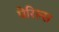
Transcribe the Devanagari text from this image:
पेरिल्स